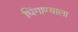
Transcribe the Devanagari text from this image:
धिंगाण्याला